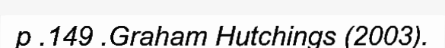
p .149 .Graham Hutchings (2003).